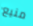
منيع